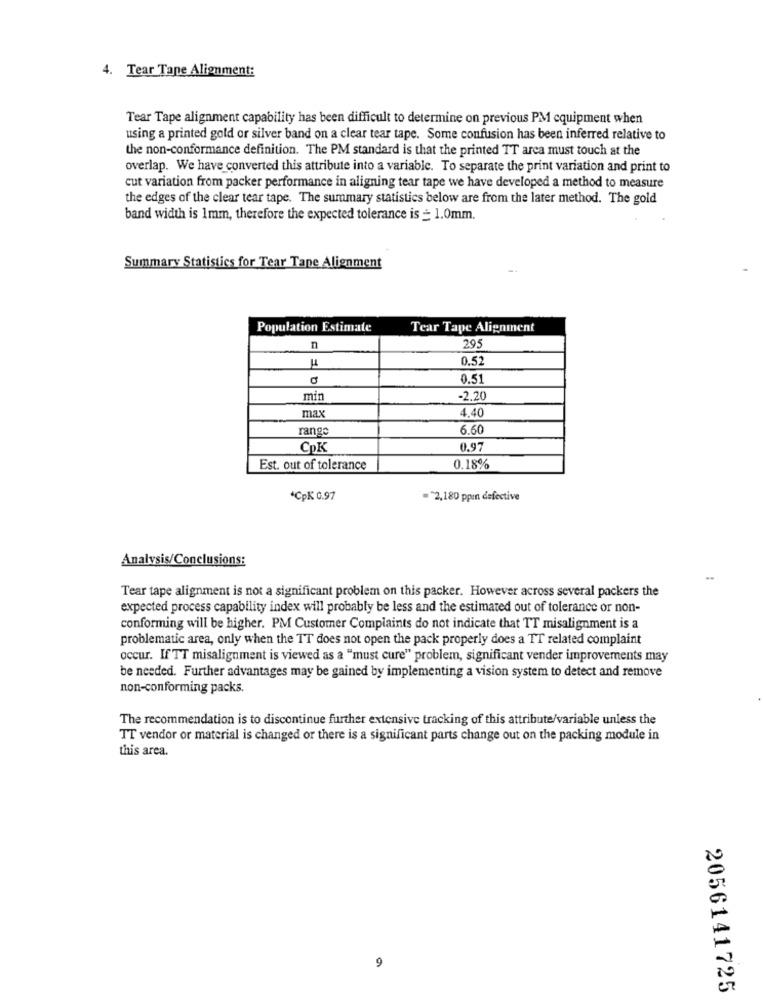
4.
Tear Tape Alignment:
Tear Tape alignment capability has been difficult to determine on previous PM equipment when
using a printed gold or silver band on a clear tear tape. Some confusion has been inferred relative to
the non-conformance definition. The PM standard is that the printed TT arca must touch at the
overlap. We have converted this attribute into a variable. To separate the print variation and print to
cut variation from packer performance in aligning tear tape we have developed a method to measure
the edges of the clear tear tape. The summary statistics below are from the later method. The gold
band width is 1mm, therefore the expected tolerance is = 1.0mm.
Summary Statistics for Tear Tape Alignment
Population Estimate
Tear Tape Alignment
n
295
0.52
11
0.51
min
-2,20
max
4.40
rang
6.60
CpK
0.97
Est. out of tolerance
0.18%
*CpK 0.97
=* 2,180 ppon defective
Analysis/Conclusions:
Tear tape alignment is not a significant problem on this packer. However across several packers the
expected process capability index will probably be less and the estimated out of tolerance or non-
conforming will be higher. PM Customer Complaints do not indicate that TT misalignment is a
problematic area, only when the TT does not open the pack properly does a TT related complaint
occur. If TT misalignment is viewed as a "must cure" problem, significant vender improvements may
be needed. Further advantages may be gained by implementing a vision system to detect and remove
non-conforming packs.
The recommendation is to discontinue further extensive tracking of this attribute/variable unless the
TT vendor or material is changed or there is a significant parts change out on the packing module in
this area.
9
2056141725